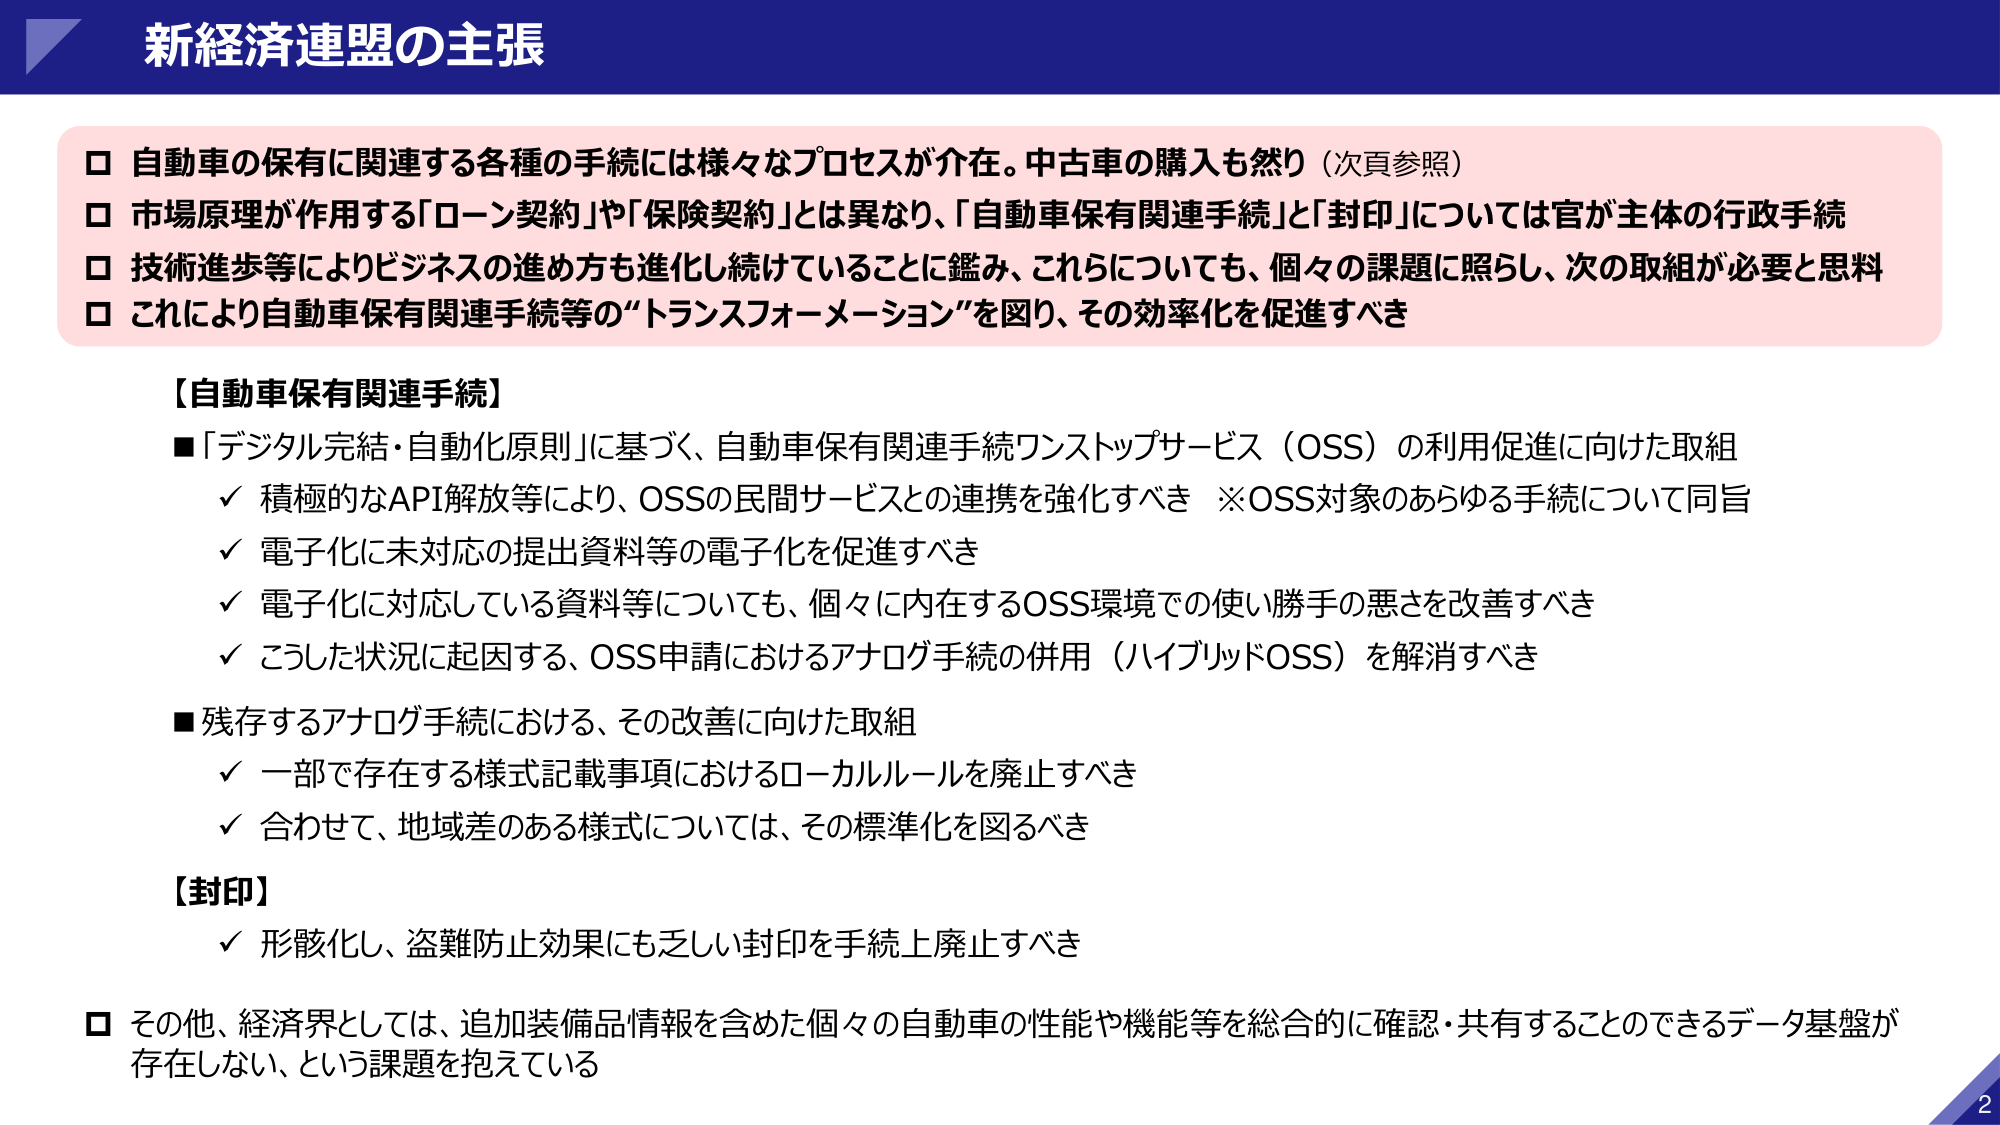
新経済連盟の主張

□ 自動車の保有に関連する各種の手続には様々なプロセスが介在。中古車の購入も然り（次頁参照）
□ 市場原理が作用する「ローン契約」や「保険契約」とは異なり、「自動車保有関連手続」と「封印」については官が主体の行政手続
□ 技術進歩等によりビジネスの進め方も進化し続けていることに鑑み、これらについても、個々の課題に照らし、次の取組が必要と思料
□ これにより自動車保有関連手続等の“トランスフォーメーション”を図り、その効率化を促進すべき

【自動車保有関連手続】
■「デジタル完結・自動化原則」に基づく、自動車保有関連手続ワンストップサービス（OSS）の利用促進に向けた取組
　✓ 積極的なAPI解放等により、OSSの民間サービスとの連携を強化すべき　※OSS対象のあらゆる手続について同旨
　✓ 電子化に未対応の提出資料等の電子化を促進すべき
　✓ 電子化に対応している資料等についても、個々に内在するOSS環境での使い勝手の悪さを改善すべき
　✓ こうした状況に起因する、OSS申請におけるアナログ手続の併用（ハイブリッドOSS）を解消すべき
■ 残存するアナログ手続における、その改善に向けた取組
　✓ 一部で存在する様式記載事項におけるローカルルールを廃止すべき
　✓ 合わせて、地域差のある様式については、その標準化を図るべき

【封印】
　✓ 形骸化し、盗難防止効果にも乏しい封印を手続上廃止すべき

□ その他、経済界としては、追加装備品情報を含めた個々の自動車の性能や機能等を総合的に確認・共有することのできるデータ基盤が存在しない、という課題を抱えている

2